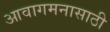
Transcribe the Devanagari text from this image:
आवागमनासाठी